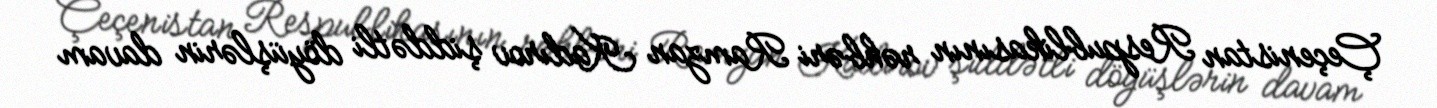
Çeçenistan Respublikasının rəhbəri Ramzan Kadırov şiddətli döyüşlərin davam